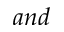
a n d